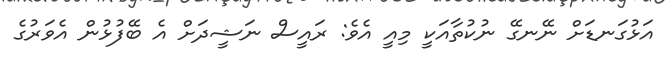
އަޅުގަނޑަށް ނޭނގޭ ނުކުތާއަކީ މިއީ އެވެ: ރައީސް ނަޝީދަށް އެ ބޭފުޅުން އެވަރުގެ